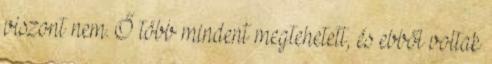
viszont nem. Ő több mindent megtehetett, és ebből voltak